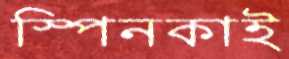
স্পিনকাই